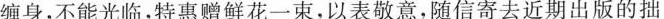
缠身，不能光临，特惠赠鲜花一束，以表敬意，随信寄去近期出版的拙